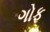
ગોફ